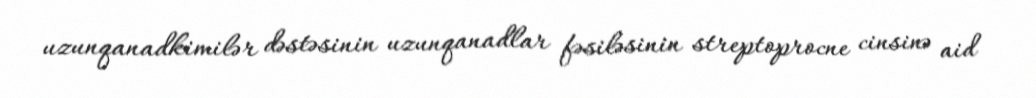
uzunqanadkimilər dəstəsinin uzunqanadlar fəsiləsinin streptoprocne cinsinə aid